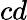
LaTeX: cd